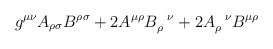
\begin{align*}g^{\mu\nu}A_{\rho\sigma}B^{\rho\sigma} + 2A^{\mu\rho}B_\rho^{\;\;\;\nu}+ 2A_\rho^{\;\;\;\nu}B^{\mu\rho}\end{align*}